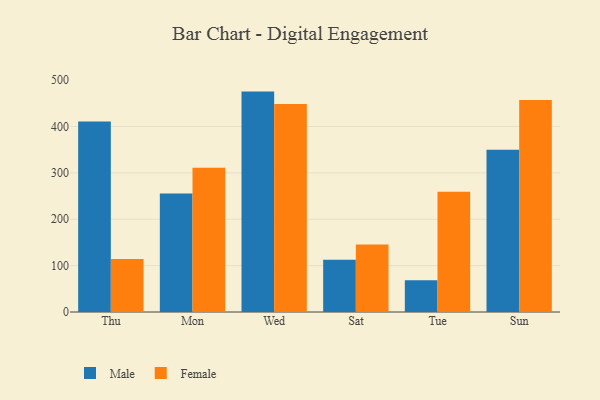
{"axis": {"x": "Day", "y": "Page Views"}, "legend": ["Female", "Male"], "data": [{"x": "Thu", "y": 410.5, "type": "Male"}, {"x": "Thu", "y": 114.2, "type": "Female"}, {"x": "Mon", "y": 255.4, "type": "Male"}, {"x": "Mon", "y": 310.9, "type": "Female"}, {"x": "Wed", "y": 475.2, "type": "Male"}, {"x": "Wed", "y": 448.4, "type": "Female"}, {"x": "Sat", "y": 112.4, "type": "Male"}, {"x": "Sat", "y": 145.4, "type": "Female"}, {"x": "Tue", "y": 68.4, "type": "Male"}, {"x": "Tue", "y": 259.4, "type": "Female"}, {"x": "Sun", "y": 349.9, "type": "Male"}, {"x": "Sun", "y": 457.0, "type": "Female"}]}